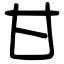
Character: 甘